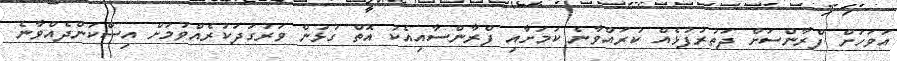
އަވަހަށް ފްރާންސަށް ދަތުރުފުޅެއް ކުރައްވާނެ ކަމަށާއި ފްރާންސާއިއެކު އޮތް ގުޅުން ވަރުގަދަކުރެއްވުމަށް އިސްކަންދެއްވާނެ